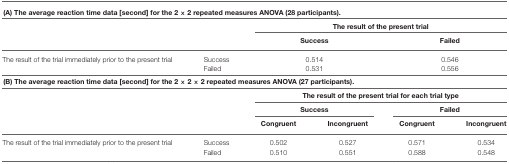
<table><thead><tr><td colspan="6"><b>(A) The average reaction time data [second] for the 2 × 2 repeated measures ANOVA (28 participants).</b></td></tr><tr><td></td><td></td><td colspan="4"><b>The result of the present trial</b></td></tr><tr><td></td><td></td><td colspan="2"><b>Success</b></td><td colspan="2"><b>Failed</b></td></tr></thead><tbody><tr><td>The result of the trial immediately prior to the present trial</td><td>Success</td><td colspan="2">0.514</td><td colspan="2">0.546</td></tr><tr><td></td><td>Failed</td><td colspan="2">0.531</td><td colspan="2">0.556</td></tr><tr><td colspan="6"><b>(B) The average reaction time data [second] for the 2 × 2 × 2 repeated measures ANOVA (27 participants)</b>.</td></tr><tr><td></td><td></td><td colspan="4"><b>The result of the present trial for each trial type</b></td></tr><tr><td></td><td></td><td colspan="2"><b>Success</b></td><td colspan="2"><b>Failed</b></td></tr><tr><td></td><td></td><td><b>Congruent</b></td><td><b>Incongruent</b></td><td><b>Congruent</b></td><td><b>Incongruent</b></td></tr><tr><td>The result of the trial immediately prior to the present trial</td><td>Success</td><td>0.502</td><td>0.527</td><td>0.571</td><td>0.534</td></tr><tr><td></td><td>Failed</td><td>0.510</td><td>0.551</td><td>0.588</td><td>0.548</td></tr></tbody></table>